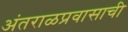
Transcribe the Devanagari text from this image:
अंतराळप्रवासाची